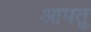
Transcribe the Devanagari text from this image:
आपतु